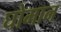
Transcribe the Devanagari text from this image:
घोमान